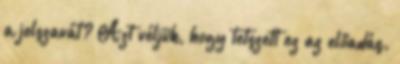
a jelszavát? Azt véljük, hogy tetszett ez az előadás.